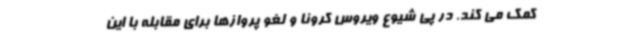
کمک می کند. در پی شیوع ویروس کرونا و لغو پروازها برای مقابله با این